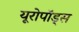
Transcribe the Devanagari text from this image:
यूरोपॉड्स